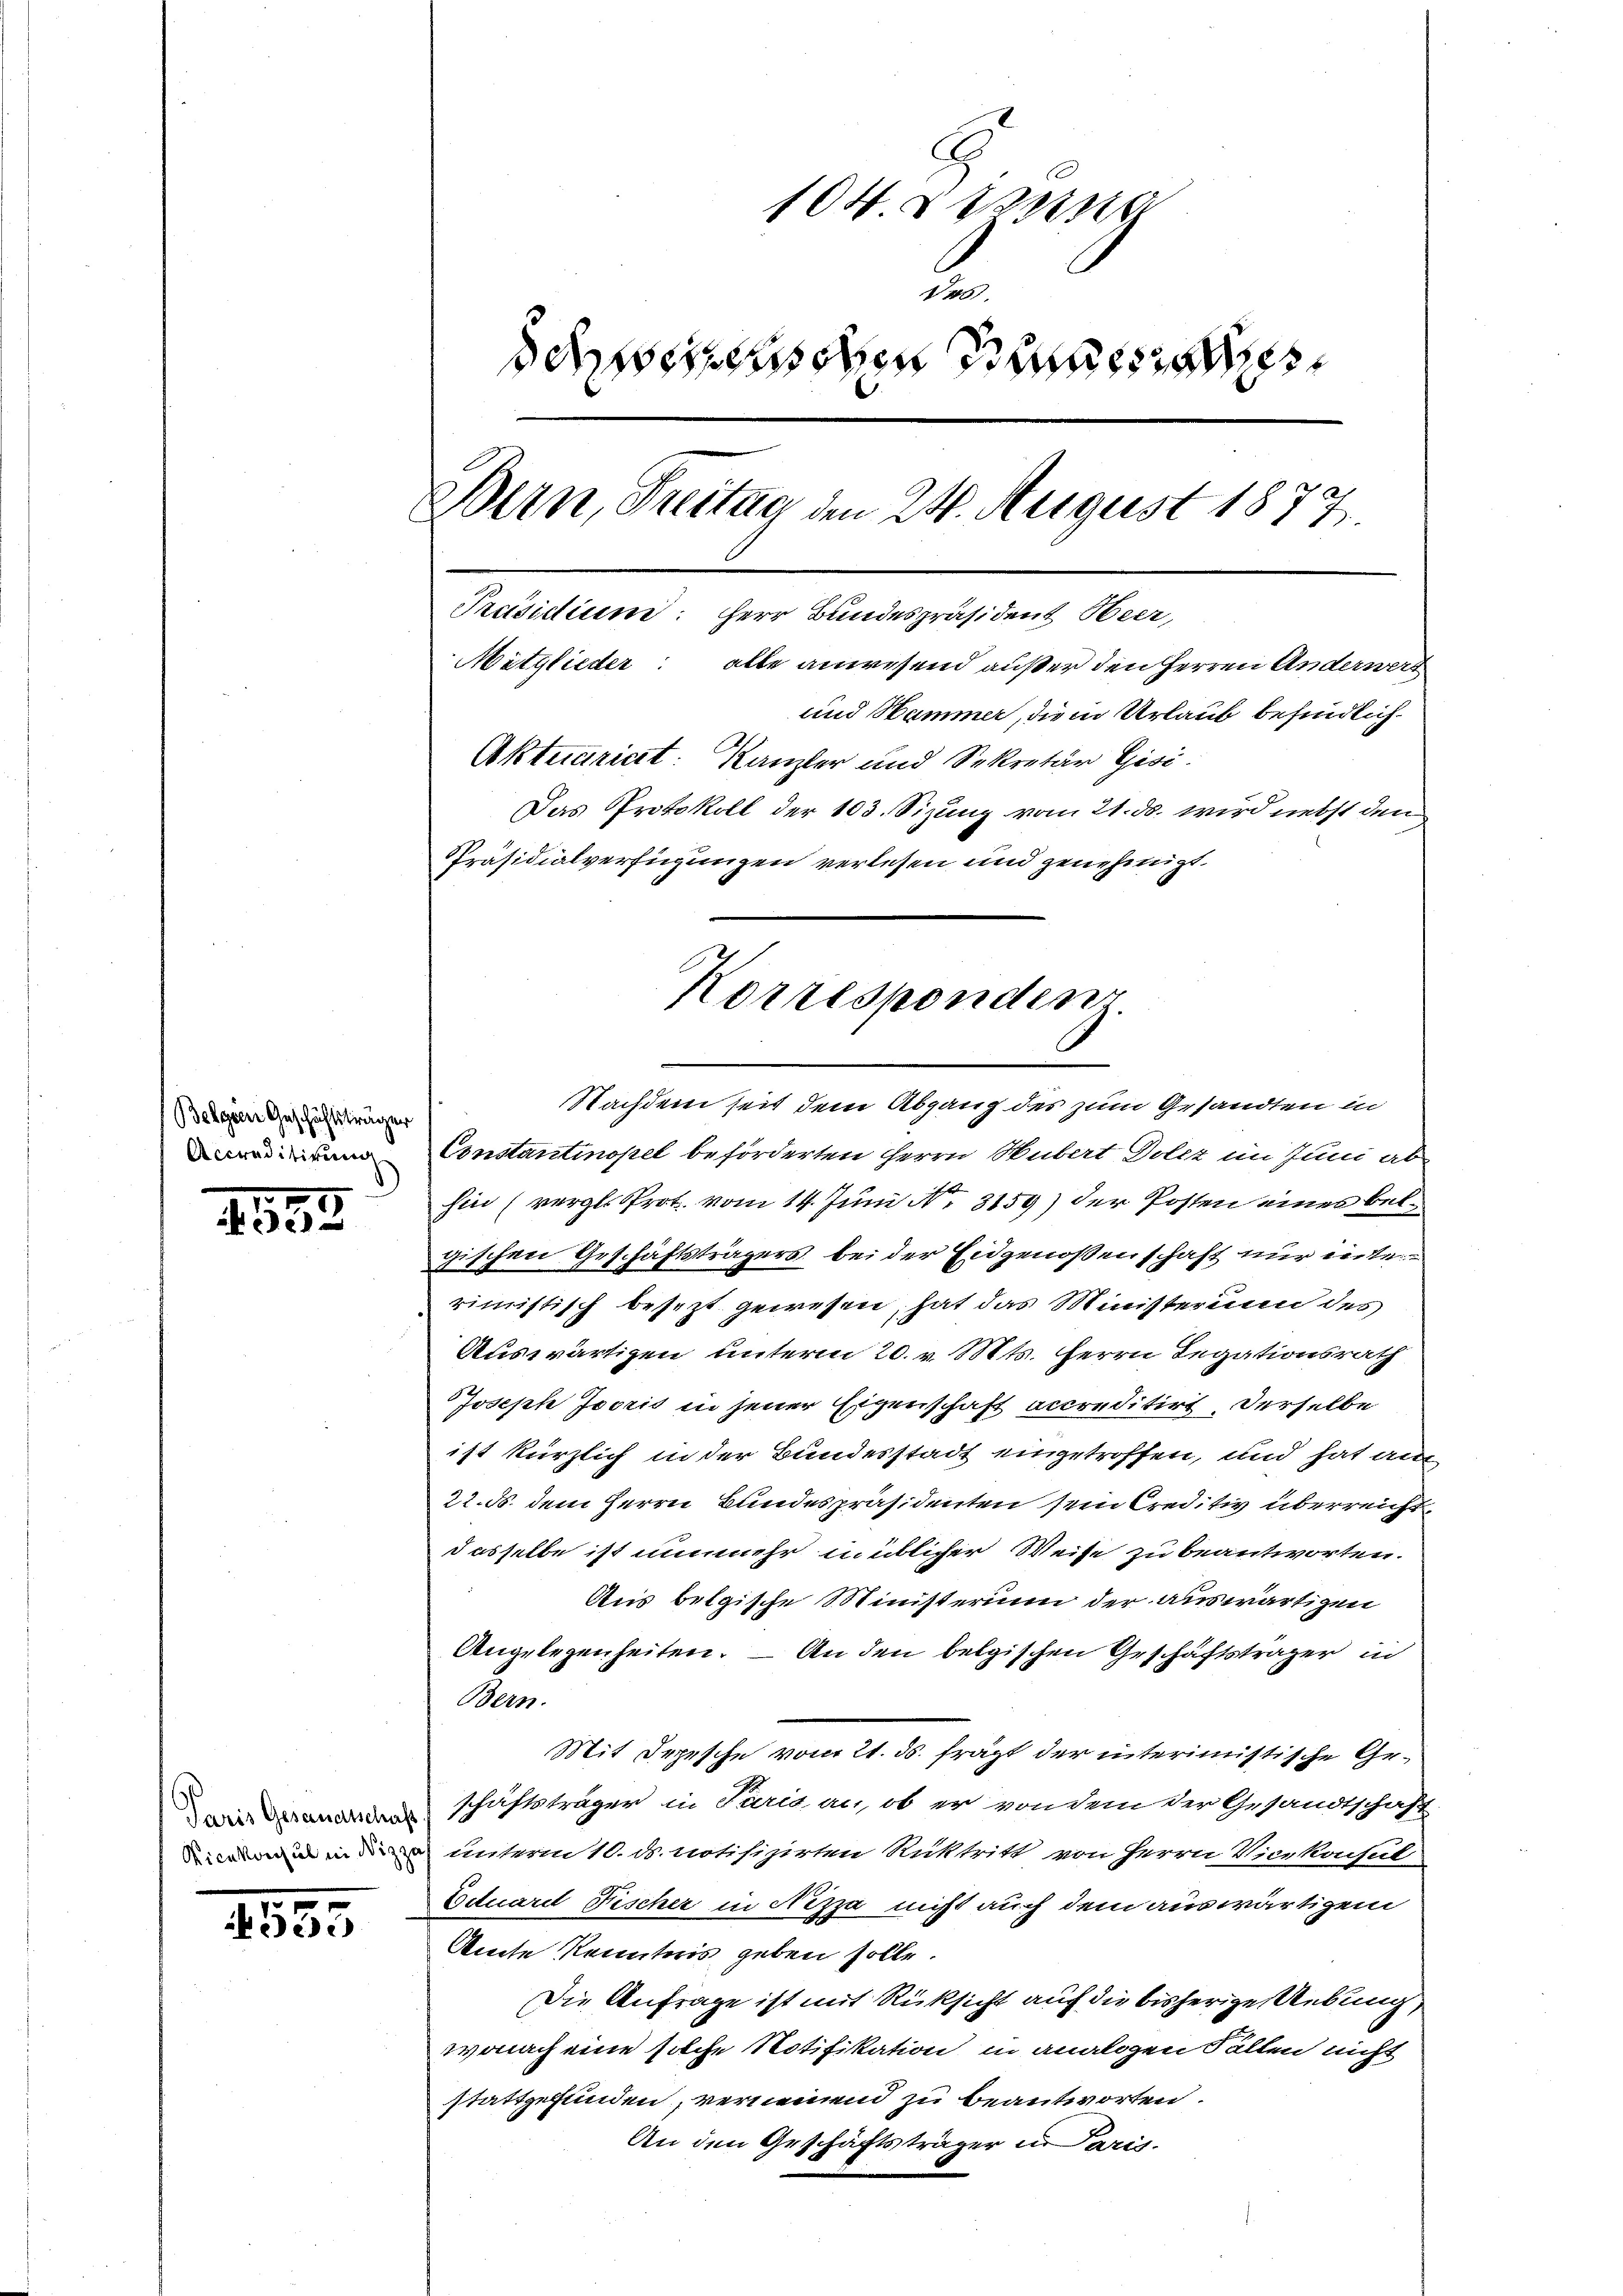
Belgien Geschäftsträger
Accreditirung

182

Paris Gesandtschaft

e
ec

C
n
2.
sdienen
Bern, Freitag den 24. August 1877.
Präsidium: Herr Bundespräsident Heer,
Mitglieder: alle anwesend außer den Herren Anderwerd
und Hammer, die in Urlaub befindlich
Aktuariat Kanzler und Sekretär Gisi¬
Das Protokoll der 103. Sizung vom 21. ds. wird nebst den
Präsidialverfügungen verlesen und genehmigt.

Korrespondenz.

Nachdem seit dem Abgang des zum Gesandten in
Constantinopel beförderten Herrn Hubert Dolcz im Juni ab
hin (vergl. Prot. vom 14. Juni N. 3159) der Posten eines belgischen Geschäftsträgers bei der Eidgenoßenschaft nur inte
rimistisch besezt gewesen, hat das Ministerium des
Auswärtigen unterm 20. v. Mts. Herrn Legationsrath
Joseph Jooris in jener Eigenschaft accreditirt, derselbe
ist kürzlich in der Bundesstadt eingetroffen, und hat am
22. ds. dem Herrn Bundespräsidenten sein Creditiv überreichtdasselbe ist nunmehr üblicher Weise zu beantworten.
Aus belgische Ministerium der auswärtigen
Angelegenheiten. – An den belgischen Geschäftsträger in
Bern.
Mit Depesche vom 21. ds. fragt der interimistische Geschäftsträger in Paris an, ob er von dem der Gesandtschaft
id in unterm 10. ds. notifizirten Ruktritt von Herrn Vicekochul-
Ectuard Fischer in Nizza nicht auch dem auswärtigem
Amte Kenntnis geben solle.
Die Anfrage ist mit Rücksicht auf die bisherige Uebung,
wonach eine solche Notifikation in analen Fällen nicht
stattgefunden, vernennend zu beantworten.
An den Geschäftsträger in Paris.